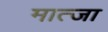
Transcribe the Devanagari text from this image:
मात्जा